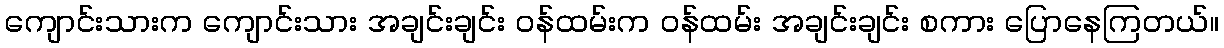
ကျောင်းသားက ကျောင်းသား အချင်းချင်း ဝန်ထမ်းက ဝန်ထမ်း အချင်းချင်း စကား ပြောနေကြတယ်။